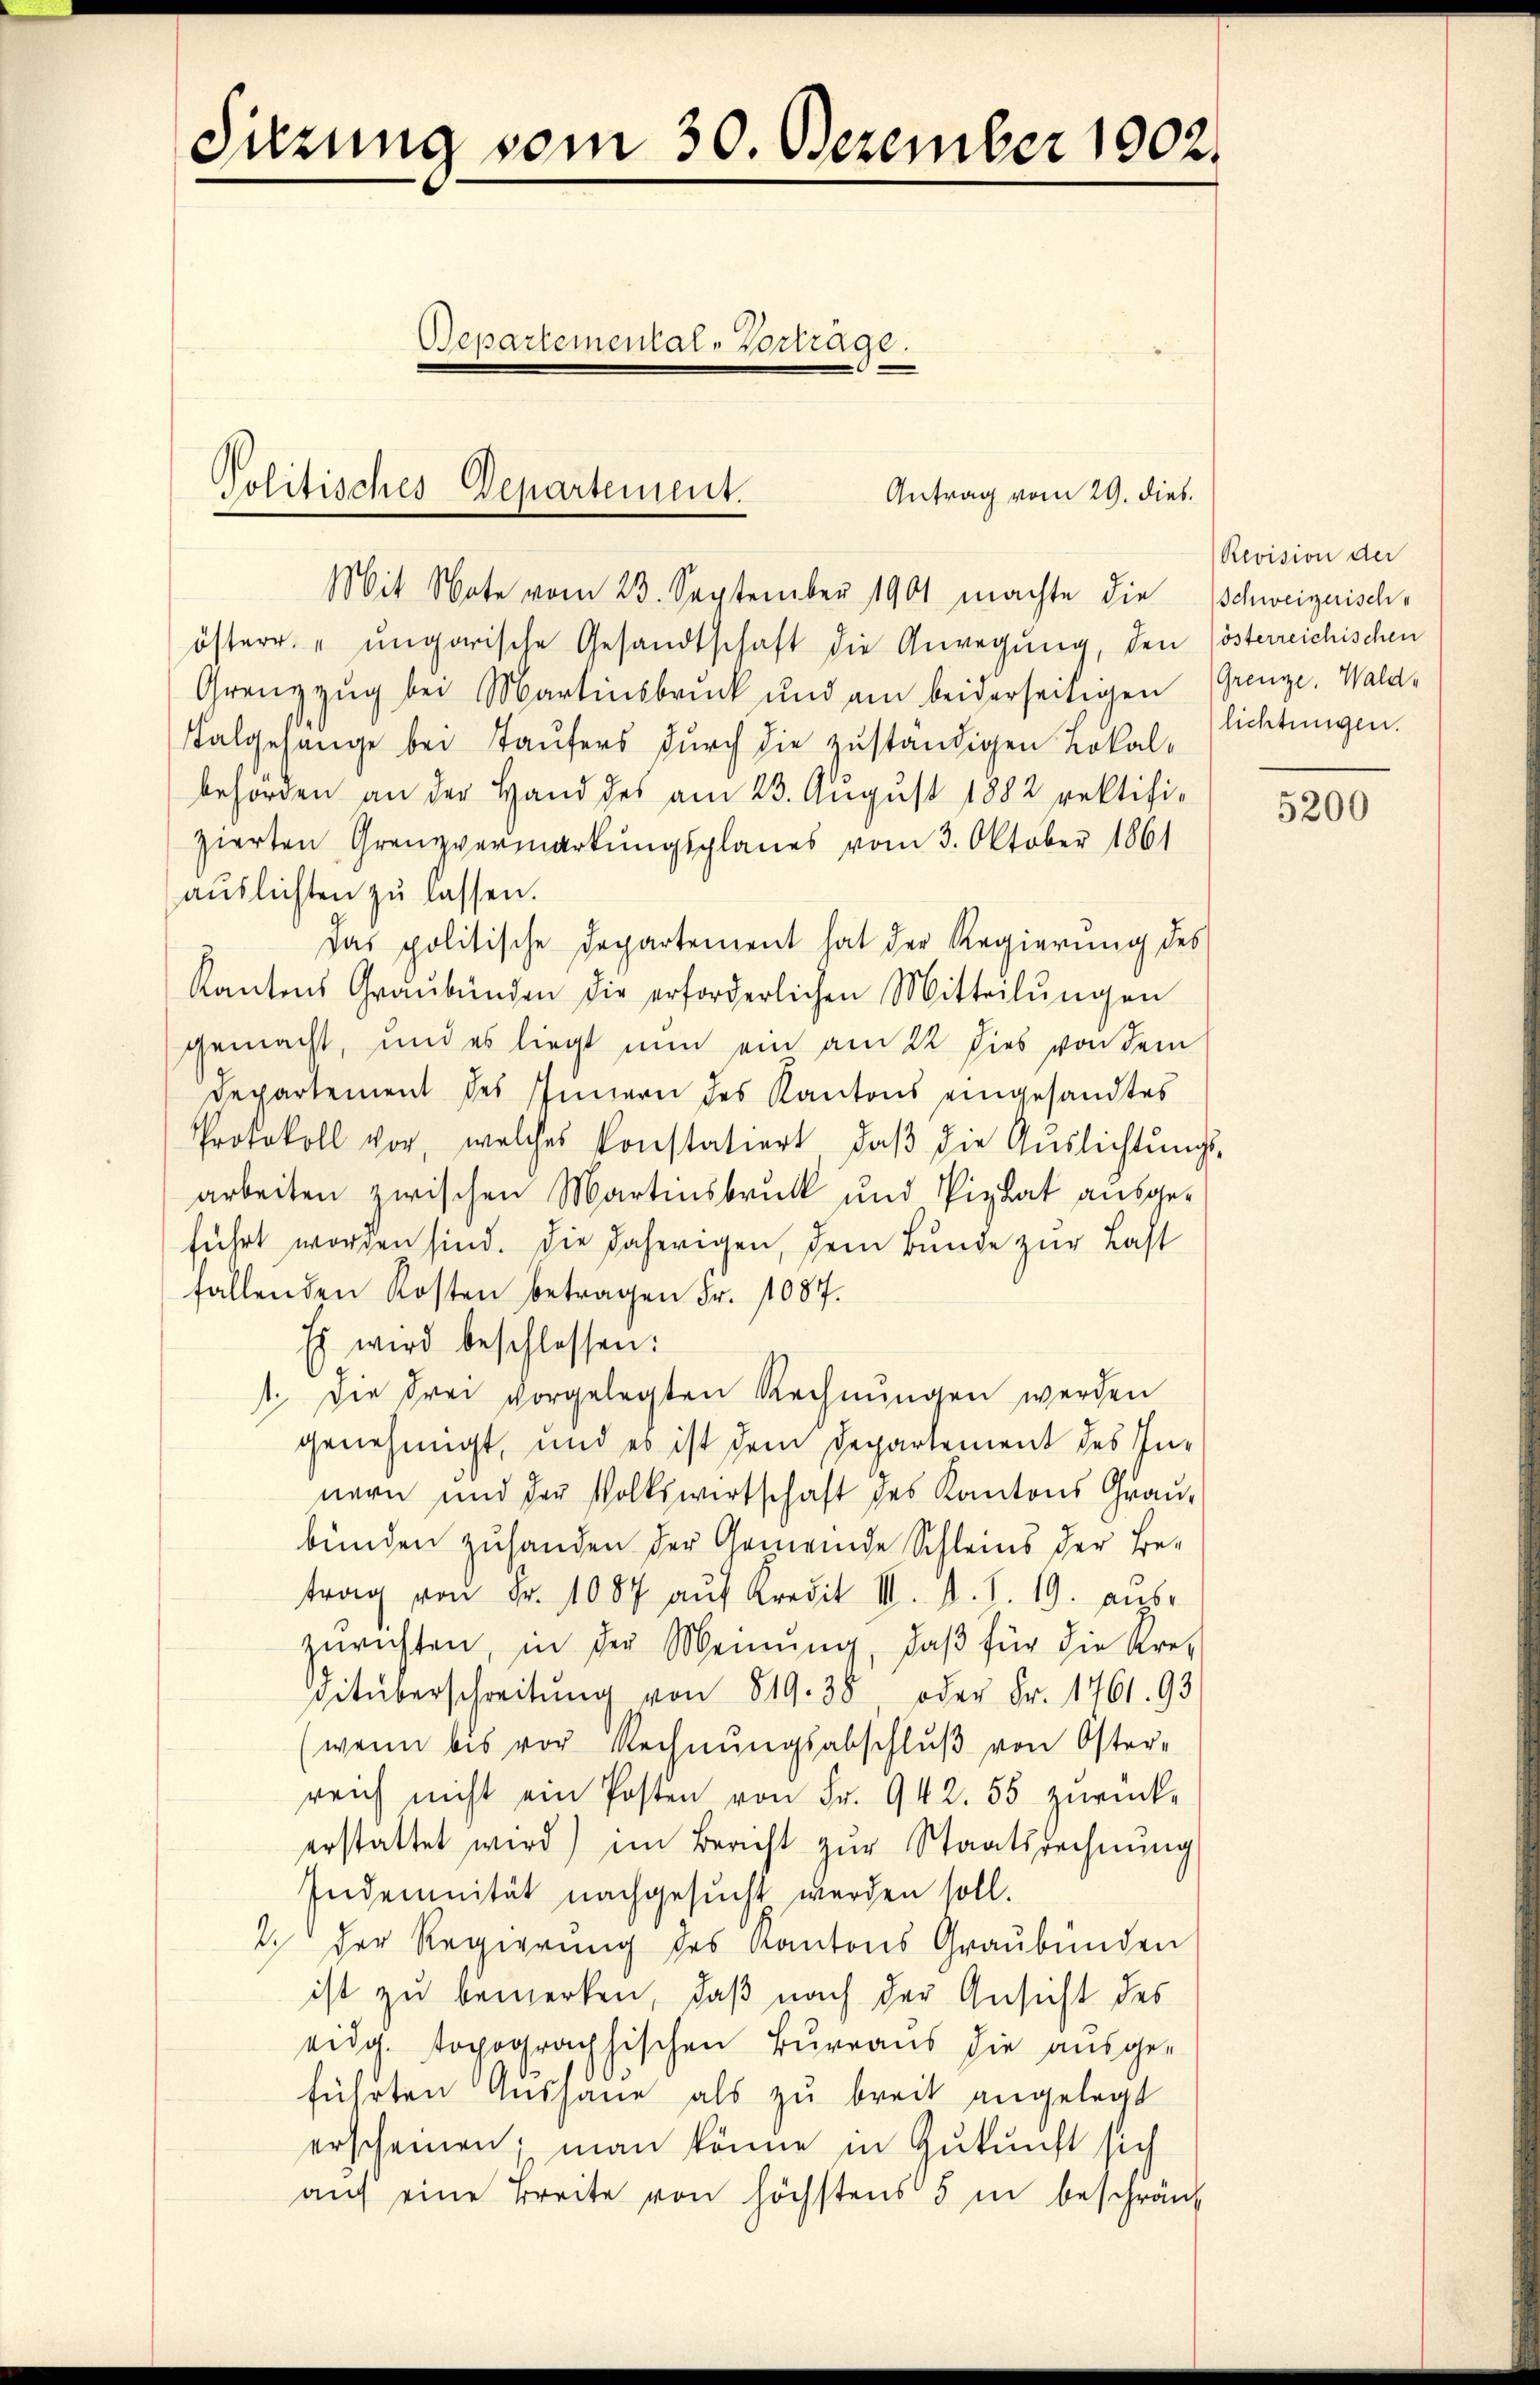
Sitzung vom 30. Dezember 1902.
Departement Mart.

Mit Note vom 23. September 1901 machte die
österr. "ungarische Gesandtschaft die Anregung, den österreichischen
Grenzzug bei Martinsbruck und am beiderseitigen (Grenze, Wald,
Kalgehänge bei Taufers durch die zuständigen Lokalbehörden an der Hand des am 23. August 1882 rektifizierten Grenzvermarkungsplanes vom 3. Oktober 1861
aŭslichten zu lassen.
Das politische Departement hat der Regierŭng des
Kantons Graubünden die erforderlichen Mitteilŭngen
gemacht, und es liegt nun ein am 22 dies von dem
Departement des Innern des Kantons eingesandtes
Protokoll vor, welches konstatiert, daβ die Aŭslichtŭngs-
arbeiten zwischen Martinsbruck und Pizlat ausgeführt worden sind. Die daherigen, dem Bunde zur Last
fallenden Kosten betragen Fr. 1087.
Es wird beschlossen:
1. Die drei vorgelegten Rechnungen werden
genehmigt, und es ist dem Departement des Innern und der Volkswirtschaft des Kantons Grau-
bunden zuhanden der Gemeinde Schleins der Betrag von Fr. 1087 aŭf Kredit III. S. S. 19. aŭs-
zurichten, in der Meinŭng, daβ für die Kre-
Ditüberschreibŭng von 819. 38, oder Fr. 1761. 93
wenn bis vor Rechnungsabschluß von Oster-
reich nicht ein Posten von Fr. 942. 55 zurückerstattet wird) im Bericht zur Staatsrechnung
Indemnität nachgesucht werden soll.
2. Der Regierung des Kantons Graubünden
ist zu bemerken, daß nach der Ansicht des
eidg. topographischen Bureaus die ausge-
führten Aushäne als zu breit angelegt
erscheinen; man könne in Zukunft sich
auf eine Breite von höchstens 5 in beschränk

Politisches Departement.
Antrag vom 29. dies

Revision der
Schweizerische
lichtungen.

5200